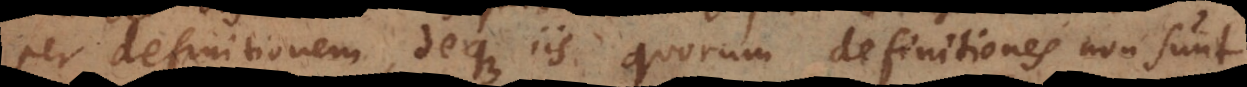
per definitionem, deque iis quorum definitiones non sunt